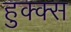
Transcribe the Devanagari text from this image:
हुक्क्स